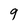
Character: 9